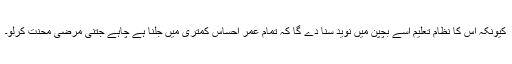
کیونکہ اس کا نظام تعلیم اسے بچپن میں نوید سنا دے گا کہ تمام عمر احساس کمتری میں جلنا ہے چاہے جتنی مرضی محنت کرلو۔